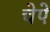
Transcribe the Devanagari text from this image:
चेपे